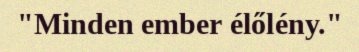
"Minden ember élőlény."